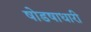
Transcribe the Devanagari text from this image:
षोडषाधारी